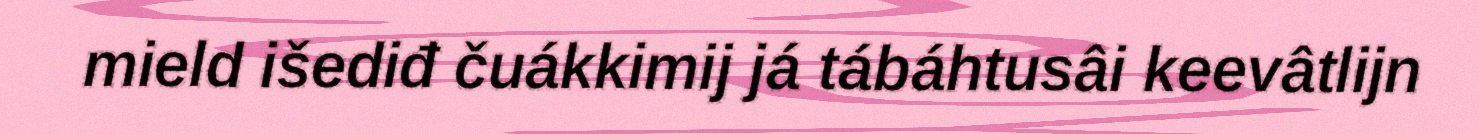
mield išediđ čuákkimij já tábáhtusâi keevâtlijn